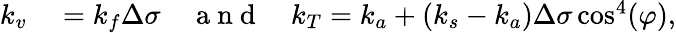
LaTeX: \begin{array}{rl}{k_{v}}&{{}=k_{f}\Delta\sigma\quad\mathrm{~a~n~d~}\quad k_{T}=k_{a}+(k_{s}-k_{a})\Delta\sigma\cos^{4}(\varphi),}\end{array}